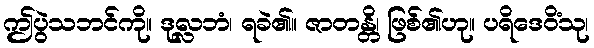
ဤပွဲသဘင်ကို။ ဒုလ္လဘံ၊ ရခဲ၏။ ဇာတန္တိ၊ ဖြစ်၏ဟု။ ပရိဒေဝိံသု၊